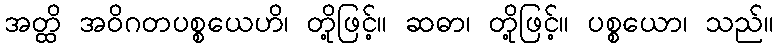
အတ္ထိ အဝိဂတပစ္စယေဟိ၊ တို့ဖြင့်။ ဆဓာ၊ တို့ဖြင့်။ ပစ္စယော၊ သည်။